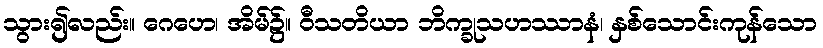
သွား၍လည်း။ ဂေဟေ၊ အိမ်၌။ ဝီသတိယာ ဘိက္ခုသဟဿာနံ၊ နှစ်သောင်းကုန်သော